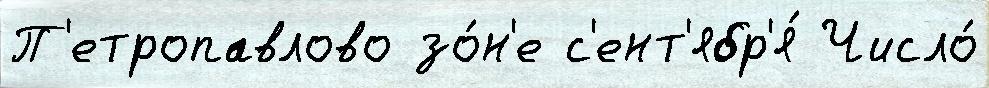
П'етропавлово зо́н'е с'ент'ябр'я́ Число́